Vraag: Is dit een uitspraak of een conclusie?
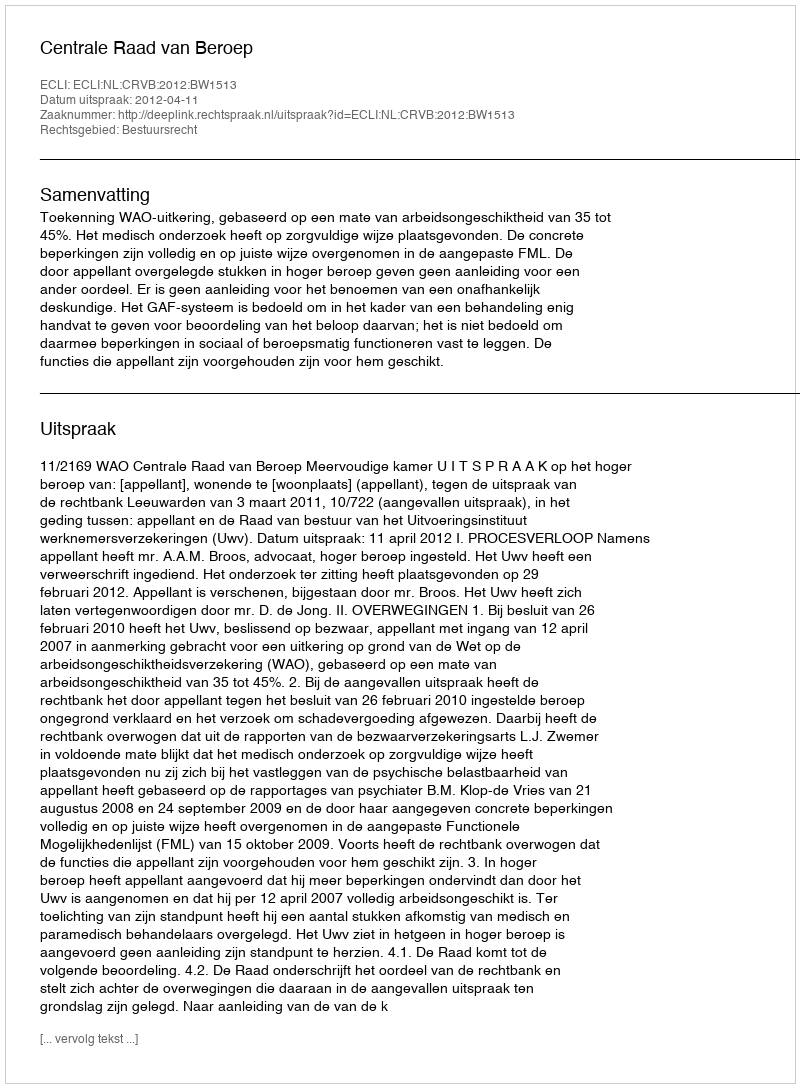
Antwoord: Uitspraak